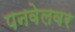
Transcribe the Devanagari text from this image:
पनवेलवर